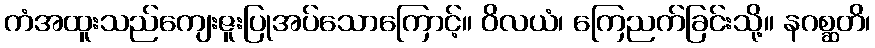
ကံအထူးသည်ကျေးဇူးပြုအပ်သောကြောင့်။ ဝိလယံ၊ ကြေညက်ခြင်းသို့။ နဂစ္ဆတိ၊